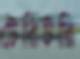
টেরিটরি